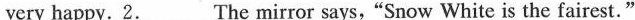
very happy. 2.___ The mirror says, "Snow White is the fairest."